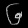
Digit: ၆